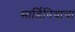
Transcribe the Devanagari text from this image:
सार्डिनियाचा